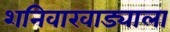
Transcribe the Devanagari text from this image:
शनिवारवाड्याला